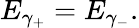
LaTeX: E_{\gamma_{+}}=E_{\gamma_{-}}.